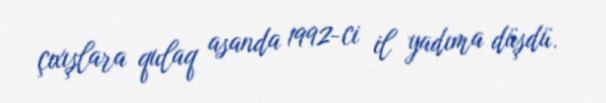
çıxışlara qulaq asanda 1992-ci il yadıma düşdü.